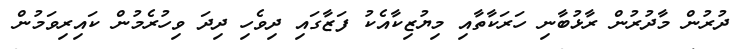
ދުރުން މާދުރުން ރާޅުބާނި ހަރަކާތާއި މިޔުޒިކާއެކު ފަޒާގައި ދިވެހި ދިދަ ވިހުރެމުން ކައިރިވަމުން